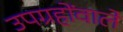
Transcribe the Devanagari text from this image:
उपग्रहोंवाले